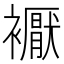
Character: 𧞣